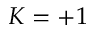
K = + 1